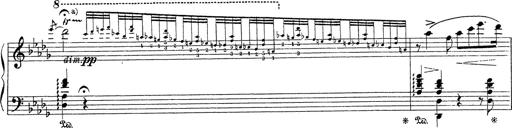
Title: Grosses Konzertsolo
Composer: Franz Liszt